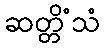
ဆတ္တိံသံ